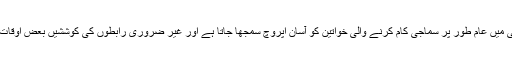
عطیہ انور اور زارا خالد کا کہنا ہے کہ سوسائٹی میں عام طور پر سماجی کام کرنے والی خواتین کو آسان اپروچ سمجھا جاتا ہے اور غیر ضروری رابطوں کی کوششیں بعض اوقات کام کرنے میں مشکلات کا سبب بھی بنتی ہیں۔